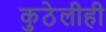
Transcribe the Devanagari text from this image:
कुठेलीही